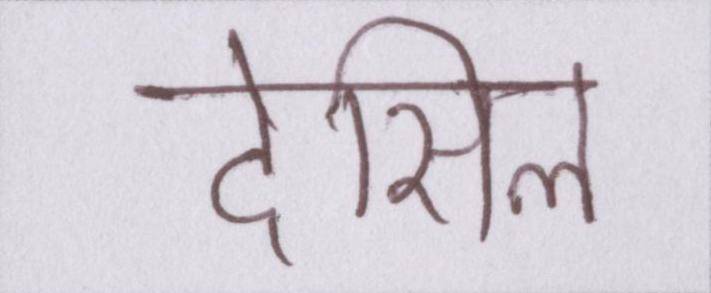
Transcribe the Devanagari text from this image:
देसिल